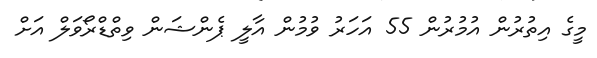
މީގެ އިތުރުން އުމުރުން 55 އަހަރު ވުމުން އާލީ ޕެންޝަން ވިތްޑްރޯވަލް އަށް